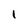
Character: I